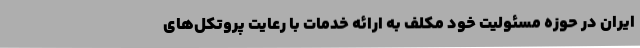
ایران در حوزه مسئولیت خود مکلف به ارائه خدمات با رعایت پروتکل‌های